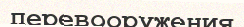
перевооружения